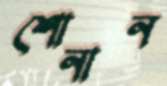
শোনান